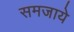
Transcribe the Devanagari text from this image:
समजाये